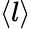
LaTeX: \langle l\rangle